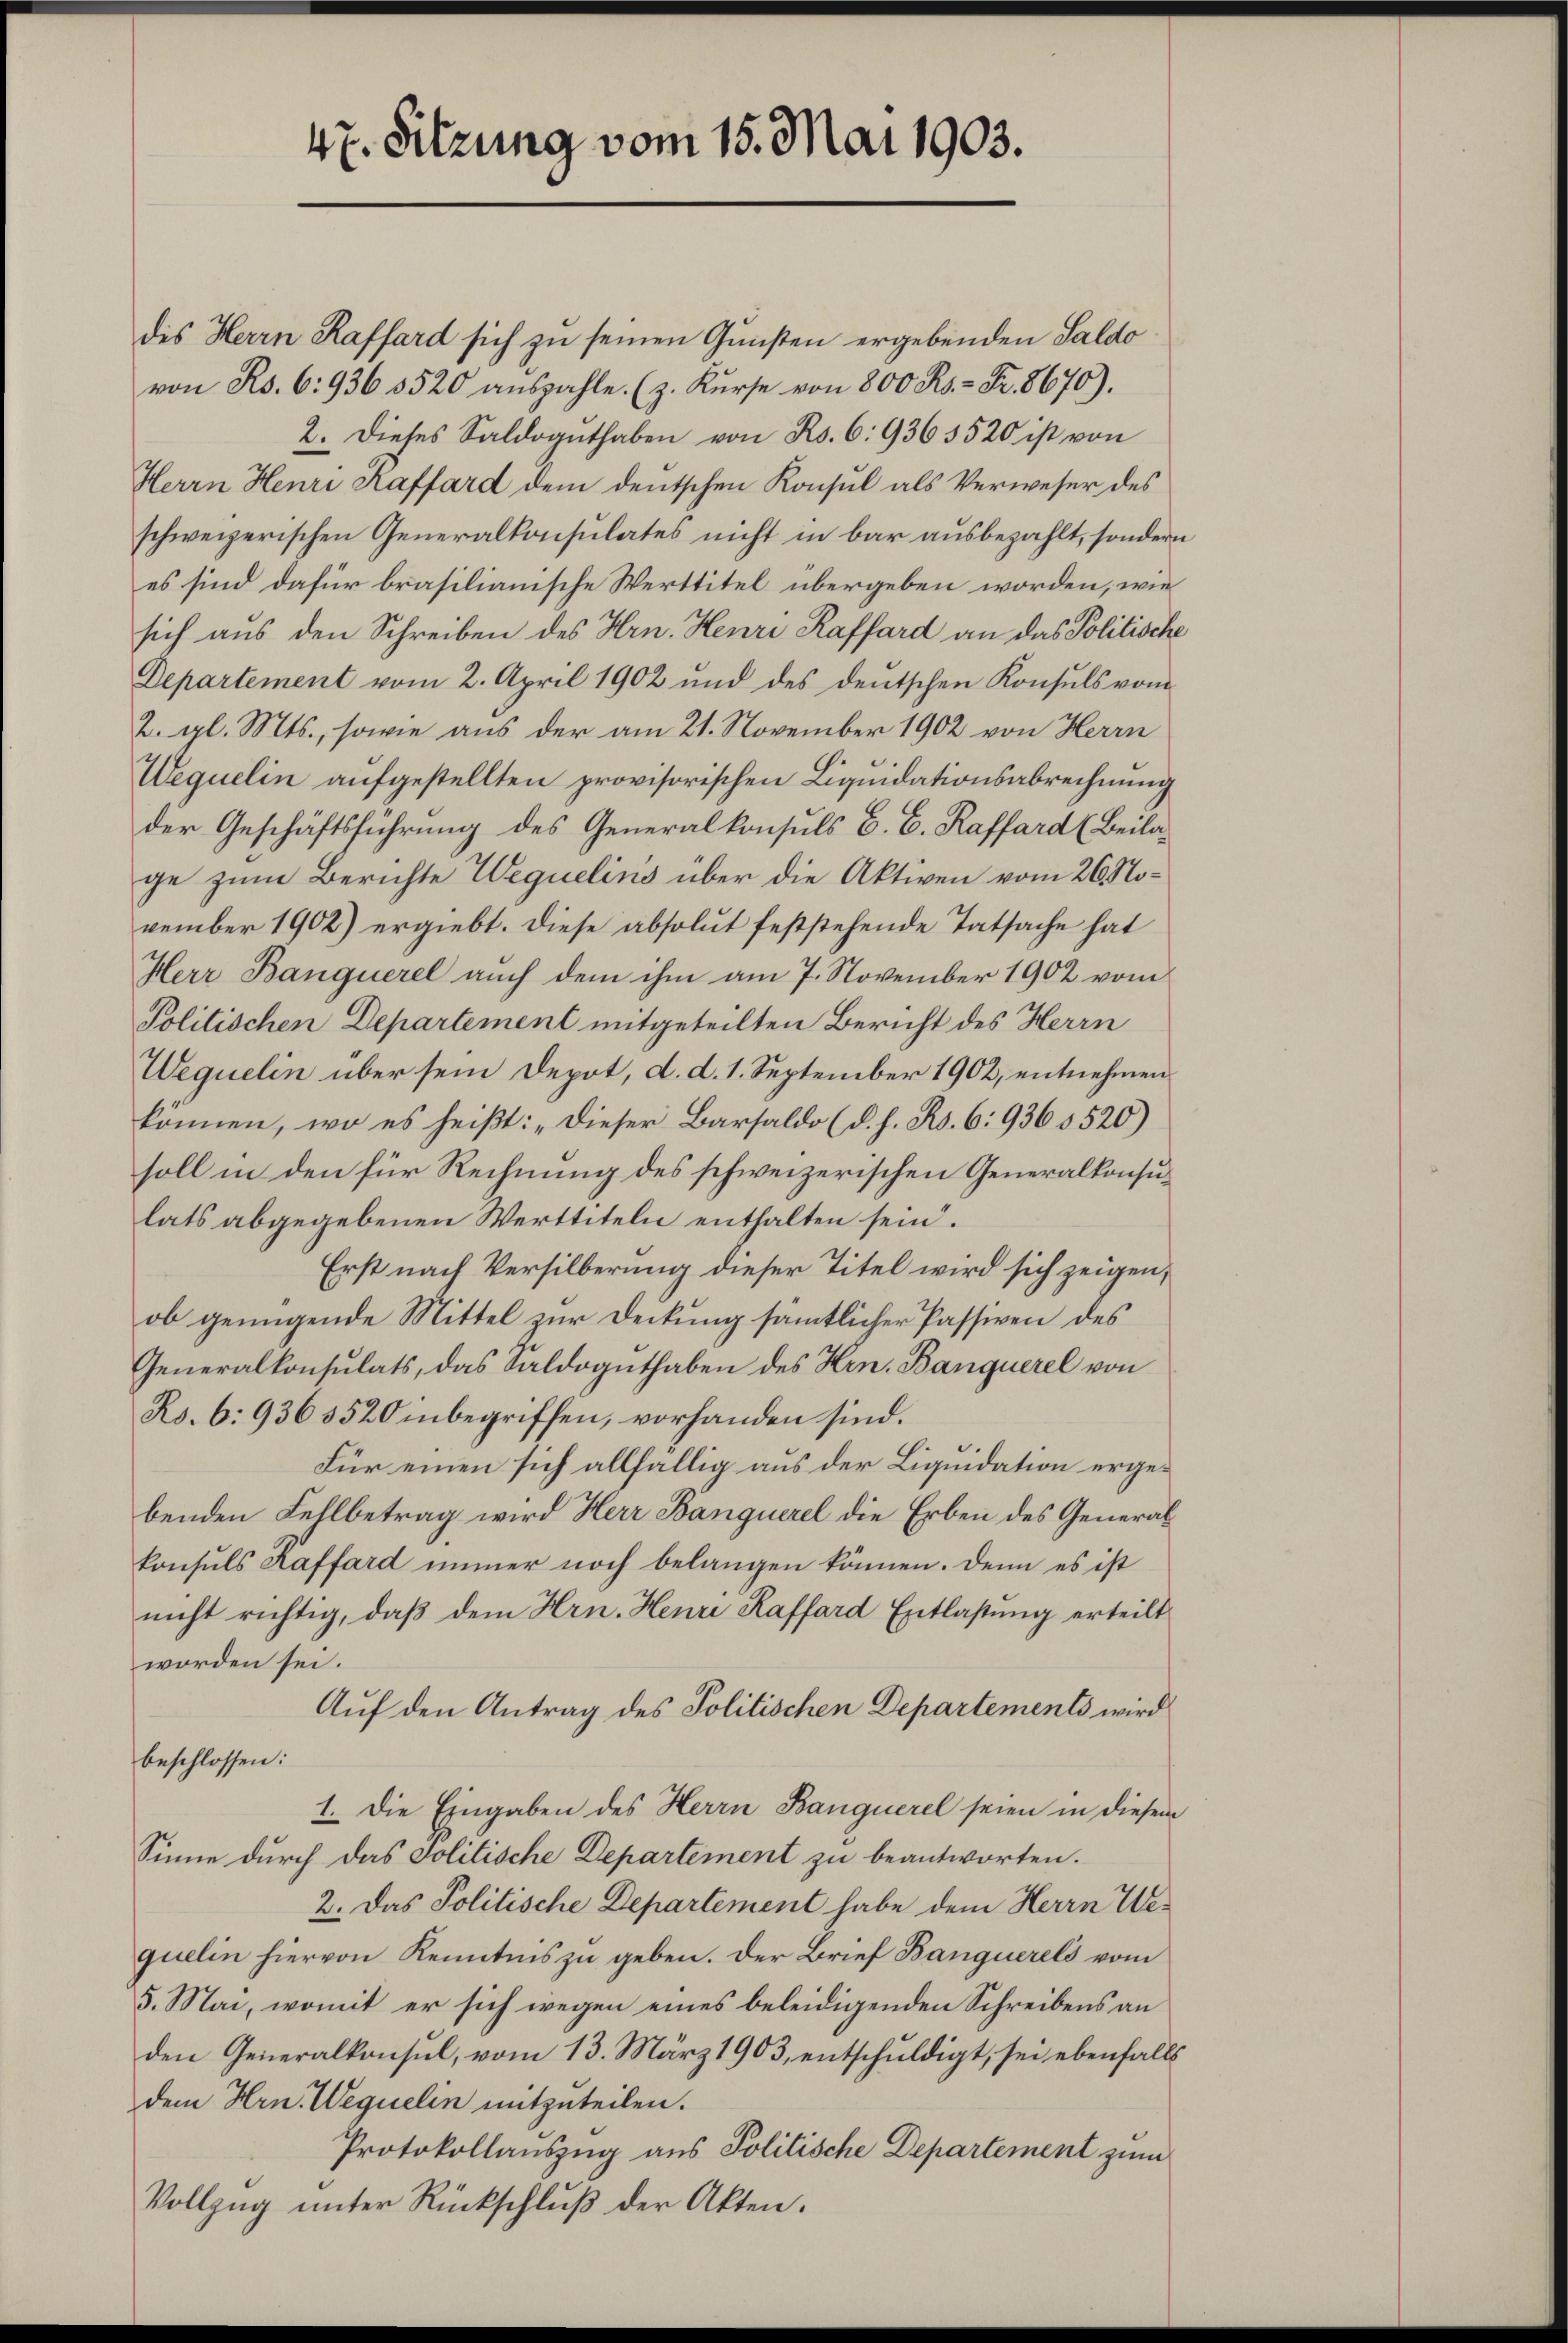
47. Sitzung vom 15. Mai 1903.

des Herrn Raffard sich zu seinen Gunsten ergebenden Saldo
von Rs. 6: 936 3520 auszahle. (z. Kurse von 800 Ro. - Fr. 8670).
2. Dieses Saldoguthaben von Rs. 6: 9363520 ist von
Herrn Henri Raffard dem deutschen Konsul als Verweser des
schweizerischen Generalkonsulates nicht in bar ausbezahlt, sondern
es sind dafür brasilianische Werttitel übergeben worden, wie
sich aus den Schreiben des Hrn. Henri Raffard an das Politische
Departement vom 2. April 1902 und des deutschen Konsuls vom
2. gl. Mts., sowie aus der am 21. November 1902 von Herrn
Wequelin aufgestellten provisorischen Liquidationsabrechnung
der Geschäftsführung des Generalkonsuls C. C. Raffard (Beilage zum Berichte Wequelins über die Aktiven vom 26. November 1902) ergiebt. Diese absolut feststehende Tatsache hat
Herr Banquerel auch dem ihm am 7. November 1902 vom
Politischen Departement mitgeteilten Bericht des Herrn
Wequelin über sein Depot, d. d. 1. September 1902, entnehmen
können, wo es heißt: „Dieser Barsaldo (d. h. Ro. 6: 9365520)
soll in den für Rechnung des schweizerischen Generalkonsulats abgegebenen Werttiteln enthalten sein.
Erst nach Versilberung dieser Titel wird sich zeigen,
ob genügende Mittel zur Deckung sämmtlicher Passiven des
Generalkonsulats, das Saldoguthaben des Hrn. Banquerel von
Rs. 6: 9363520 inbegriffen, vorhanden sind.
Für einen sich allfällig aus der Liquidation ergebenden Fellbetrag wird Herr Banquerel die Erben des Generalkonsuls Kaffard immer noch belangen können. Denn es ist
nicht richtig, daß dem Hrn. Heure Raffard Entlastung erteilt
worden sei.
Auf den Antrag des Politischen Departements wird
beschlossen:
1. Die Eingaben des Herrn Banquerel seien in diesem
Sinne durch das Politische Departement zu beantworten.
2. Das Politische Departement habe dem Herrn Wequelin hiervon Kenntnis zu geben. Der Brief Banquerels vom
5. Mai, womit er sich wegen eines beleidigenden Schreibens an
den Generalkonsul, vom 13. März 1903, entschuldigt, sei ebenfalls
dem Hrn. Wequelin mitzuteilen.
Protokollauszug aus Politische Departement zum
Vollzŭg ŭnter Rückschlŭβ der Akten.